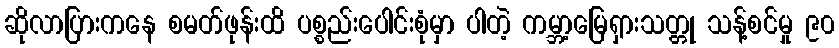
ဆိုလာပြားကနေ စမတ်ဖုန်းထိ ပစ္စည်းပေါင်းစုံမှာ ပါတဲ့ ကမ္ဘာ့မြေရှားသတ္တု သန့်စင်မှု ၉၀